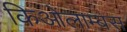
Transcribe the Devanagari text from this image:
किओलाम्बस